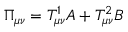
\Pi _ { \mu \nu } = T _ { \mu \nu } ^ { 1 } A + T _ { \mu \nu } ^ { 2 } B